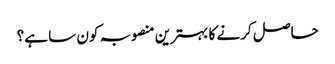
حاصل کرنے کا بہترین منصوبہ کون سا ہے؟